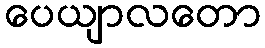
ပေယျာလတော